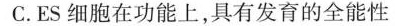
C.ES细胞在功能上，具有发育的全能性